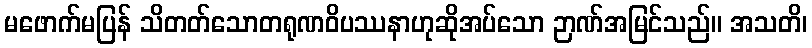
မဖောက်မပြန် သိတတ်သောတရုဏဝိပဿနာဟုဆိုအပ်သော ဉာဏ်အမြင်သည်။ အသတိ၊